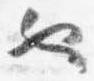
也